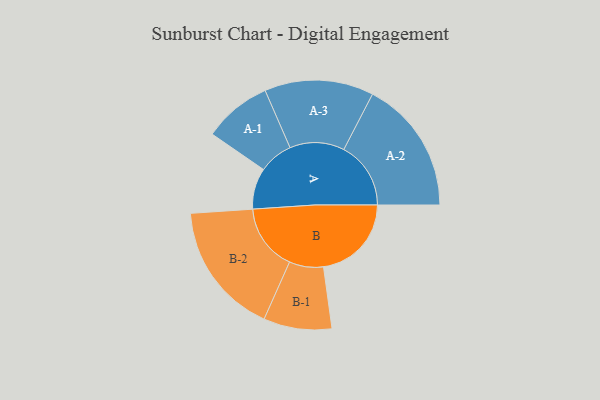
{"axis": {"x": "Segment", "y": "Value"}, "legend": ["", "A", "B"], "data": [{"x": "A", "y": 165, "type": ""}, {"x": "B", "y": 353, "type": ""}, {"x": "A-1", "y": 137, "type": "A"}, {"x": "A-2", "y": 269, "type": "A"}, {"x": "A-3", "y": 219, "type": "A"}, {"x": "B-1", "y": 137, "type": "B"}, {"x": "B-2", "y": 267, "type": "B"}]}